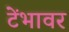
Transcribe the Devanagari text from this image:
टेंभावर